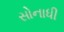
સોનાધી